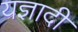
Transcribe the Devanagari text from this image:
यज्ञादी